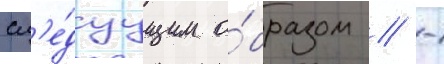
сл'е́дуущим о́бразом // -